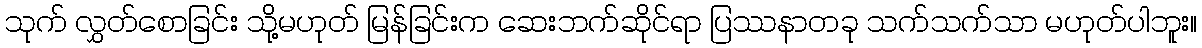
သုက် လွှတ်စောခြင်း သို့မဟုတ် မြန်ခြင်းက ဆေးဘက်ဆိုင်ရာ ပြဿနာတခု သက်သက်သာ မဟုတ်ပါဘူး။